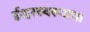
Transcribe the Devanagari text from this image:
ईश्वरस्वरूपाचा